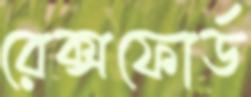
রেক্সফোর্ড